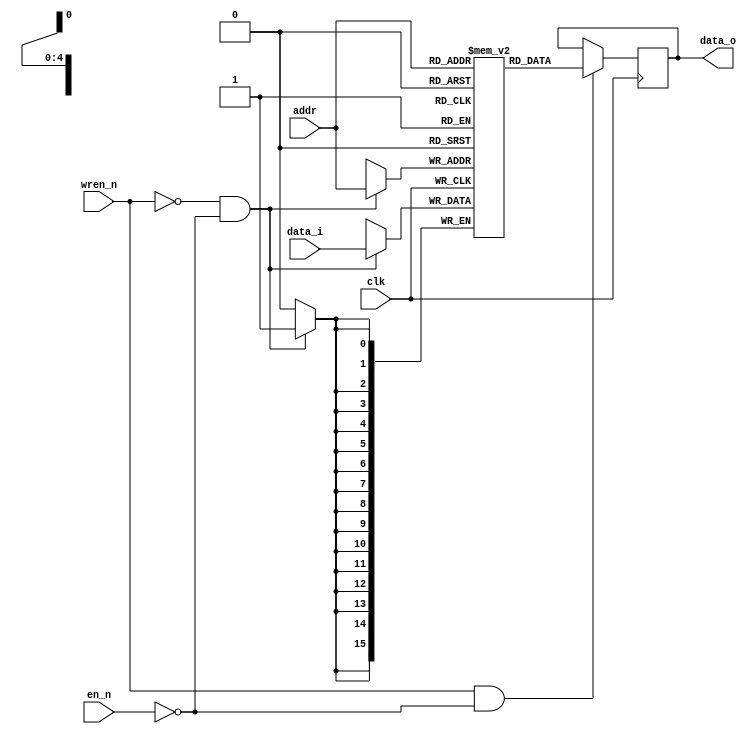
module sram0 # (
			parameter DATA_WIDTH = 16,
			parameter ADDR_WIDTH = 5

)
(
    input  clk,
	input  en_n,
	input  wren_n,
	input  [ADDR_WIDTH-1:0] addr,
	input  [DATA_WIDTH-1:0] data_i,
	output reg [DATA_WIDTH-1:0] data_o
	);

reg     [DATA_WIDTH-1:0]   register[2**ADDR_WIDTH-1:0];

always @(posedge clk)begin
     if(!wren_n && !en_n)
         register[addr] <= data_i;
end
always @(posedge clk)begin
     if(wren_n && !en_n)
         data_o <= register[addr];
end
endmodule